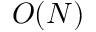
O ( N )